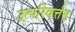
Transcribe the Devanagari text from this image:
उत्परिवर्त्तन